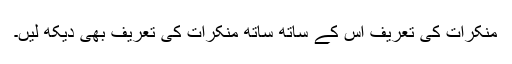
منکرات کی تعریف اس کے ساتھ ساتھ منکرات کی تعریف بھی دیکھ لیں۔